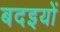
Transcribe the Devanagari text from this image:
बदइयों